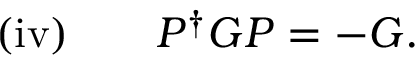
\mathrm { ( i v ) } \qquad P ^ { \dagger } G P = - G .